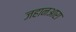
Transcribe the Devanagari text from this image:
जहानआरा